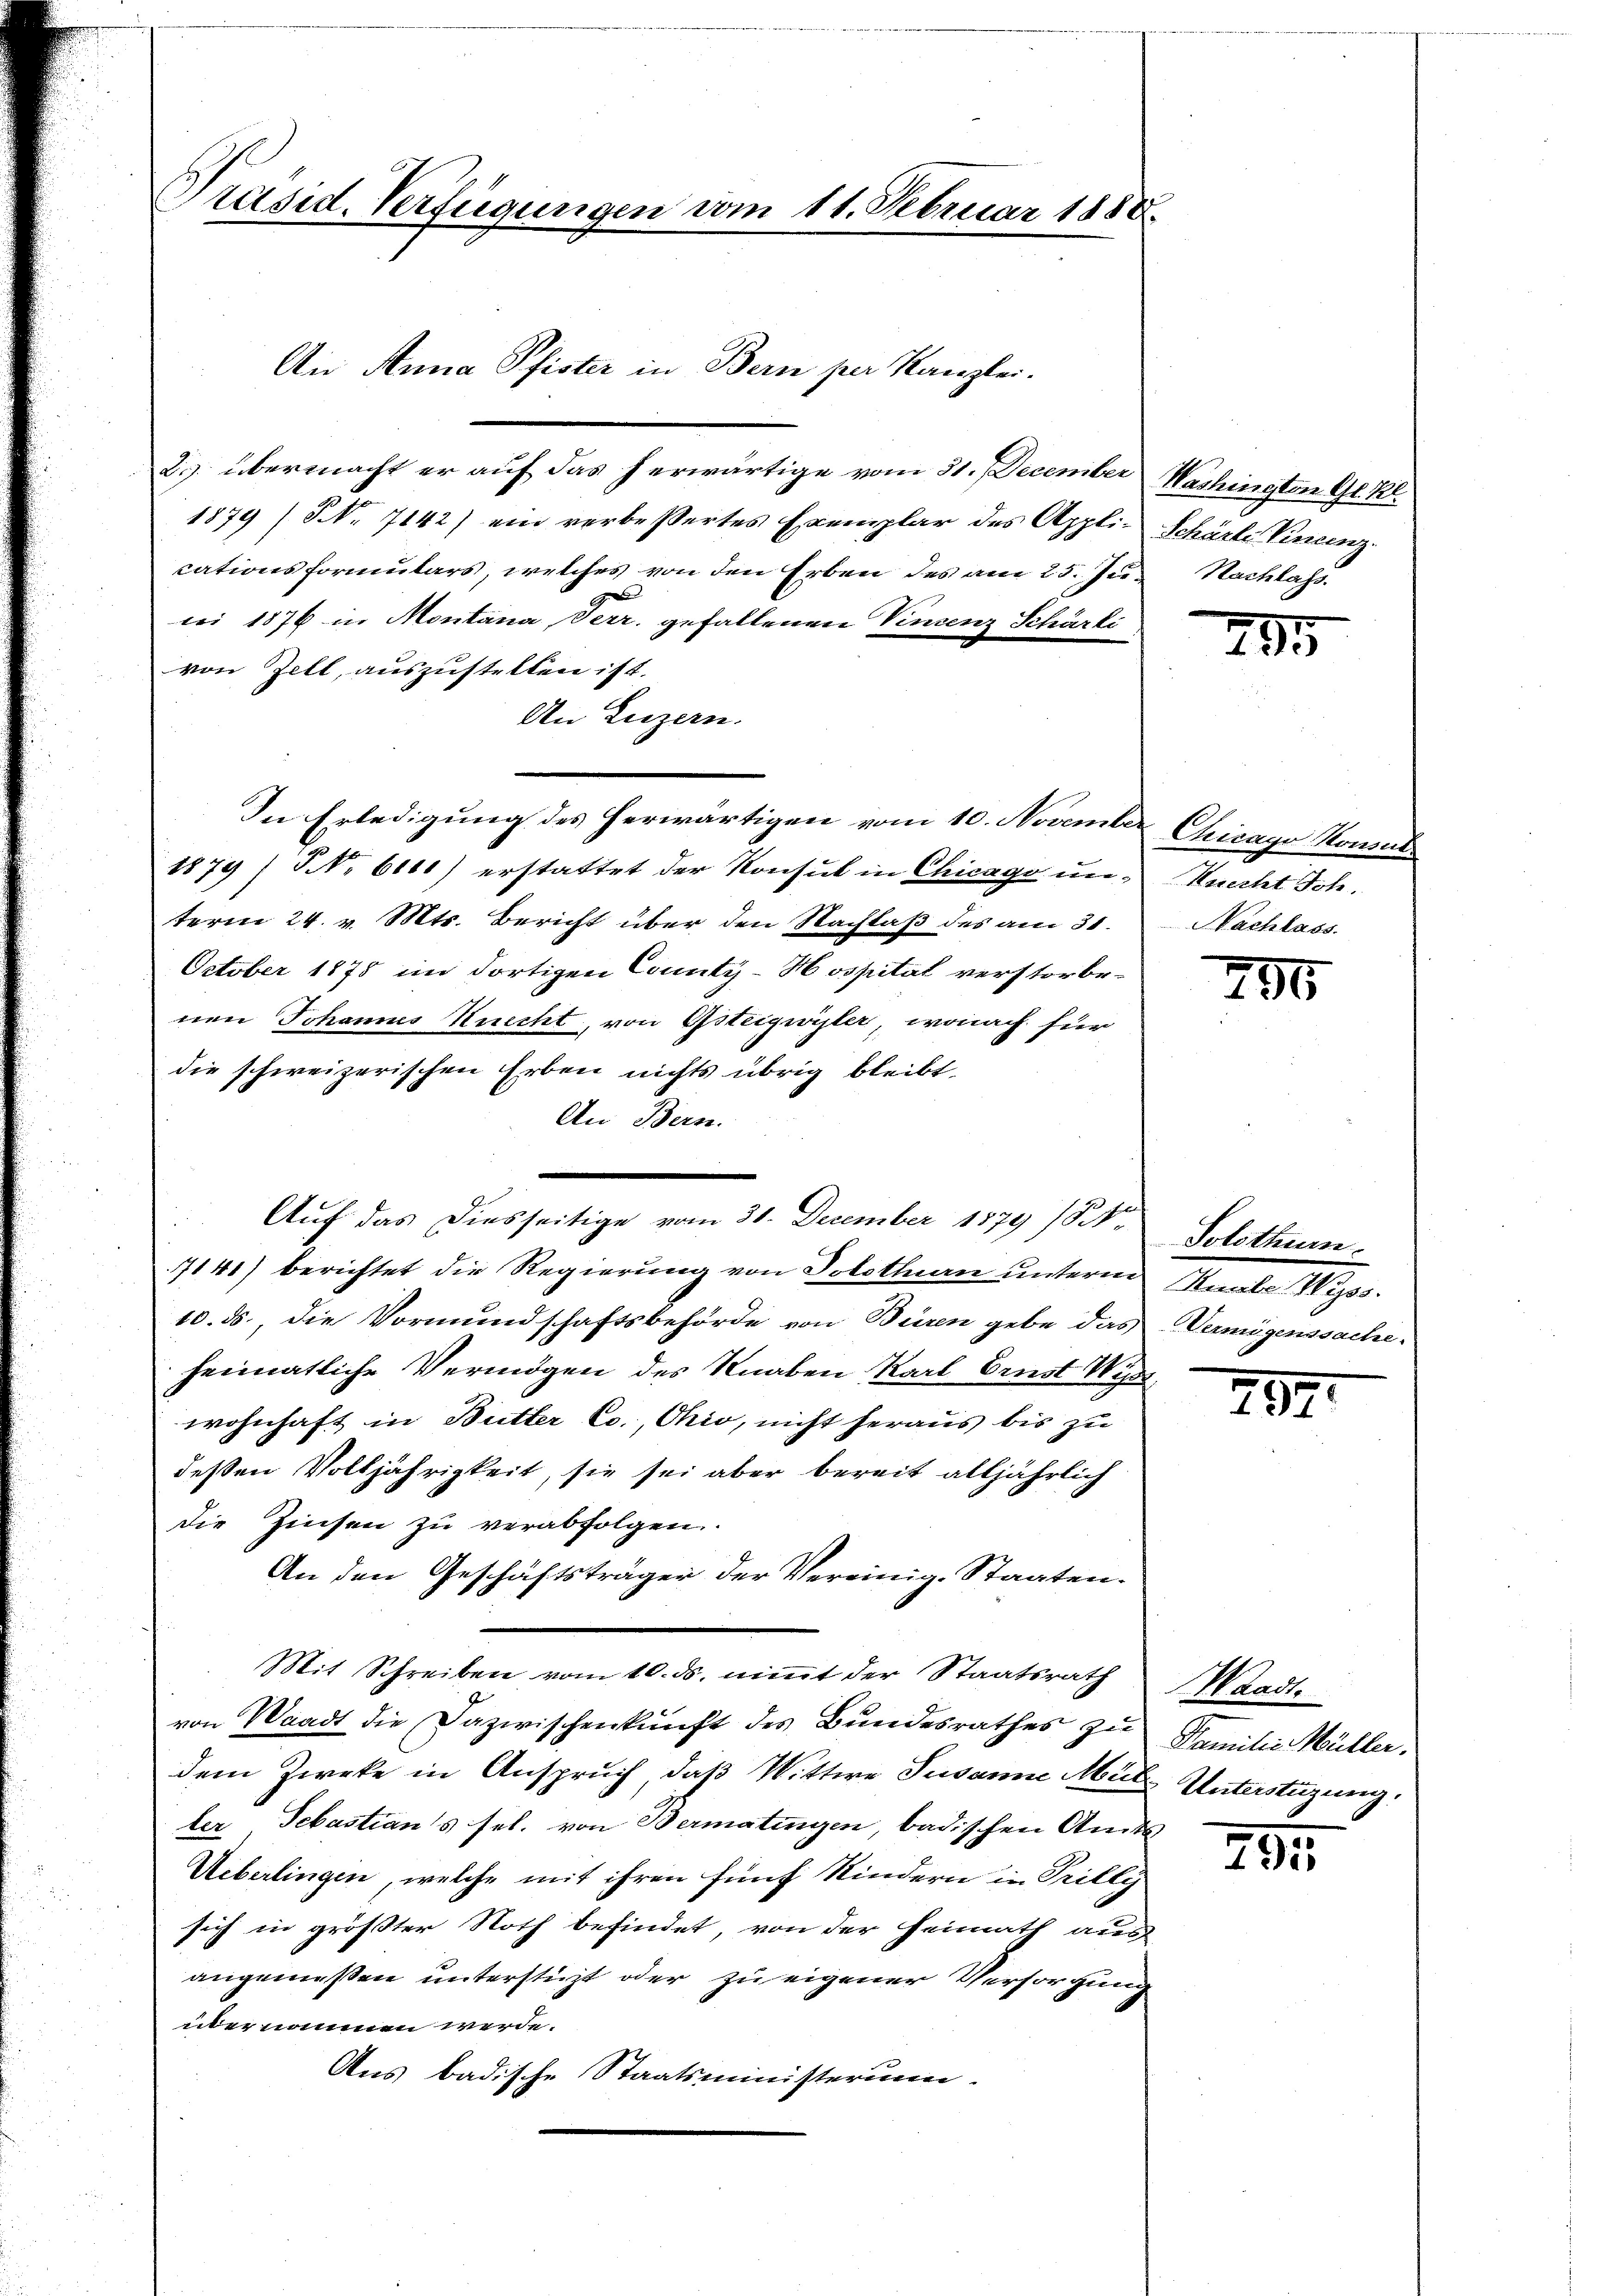
Präsid. Verfügungen vom 11. Februar 1888.

2. übermacht er auf das herwärtige vom 31. December Washington Gl. Kl.
1879) S. 7142) ein verbessertes Exemplar des Appli-Schärte Vincenz
cationsformulars, welches von den Erben des am 25. Ju. Nachlass
bei 1876 in Montana Serr. gefallenen Vincenz Schärli
von Zell, auszustellen ist.
An Luzern.
In Erledigung des herwärtigen vom 10. November Chicago Konsul¬
1879) NNo. 6000) erstattet der Konsul in Chicago un¬ Knecht Joh.
term 24. v. Mts. Bericht über den Nachlaß des am 31.
October 1875 im dortigen County-Hospital verstorbenen Johannes Knecht, von Gsteigwyler, wonach für
die schweizerischen Erben nichts übrig bleibt,
An Bern.
Auf das Diesseitige vom 31. December 1879 /8kr. Solothur
7141) berichtet die Regierung von Solothurn unterm Reale Wiss
10. ds., die Vormundschaftsbehörde von Büren gebe das Vermögenssache
heimatliche Vermögen des Knaben Karl Ernst Wiss
wohnhaft in Butter Co., Ohio, nicht heraus bis zu
deßen Volljährigkeit, sie sei aber bereit alljährlich
die Zinsen zu verabfolgen.
An den Geschäftsträger der Vereinig-Staaten.
Mit Schreiben vom 10. ds. nimmt der Staatsrath
von Waadt die Dazwischenkunft des Bundesrathes zu
dem Zweke in Anspruch, daß Wittwe Susanne Müle Unterstüzung
ter Sebastians sel. von Bermatingen, badischen Amts
Ueberlingen, welche mit ihren fünf Kindern in Trilli
sich in größter Noth befindet, von der Heimath aus
angemeßen unterstüzt oder zu eigener Versorgung
übernommen werde.
Aus badische Staatsministerium.

Ai Anna Pfister in Bern per Kanzlei.

293

Nachlass.

296

752.

Waadt.
Familie Müller.

295